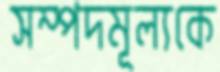
সম্পদমূল্যকে